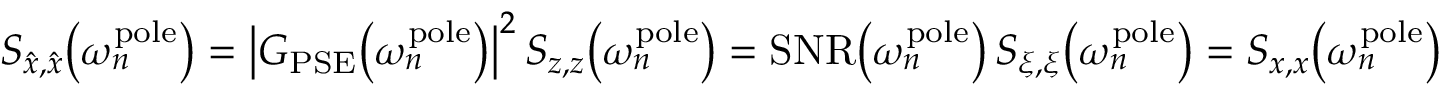
S _ { \hat { x } , \hat { x } } \big ( \omega _ { n } ^ { \mathrm { p o l e } } \big ) = \bigl | G _ { \mathrm { P S E } } \big ( \omega _ { n } ^ { \mathrm { p o l e } } \big ) \bigr | ^ { 2 } \, S _ { z , z } \big ( \omega _ { n } ^ { \mathrm { p o l e } } \big ) = \mathrm { S N R } \big ( \omega _ { n } ^ { \mathrm { p o l e } } \big ) \, S _ { \xi , \xi } \big ( \omega _ { n } ^ { \mathrm { p o l e } } \big ) = S _ { x , x } \big ( \omega _ { n } ^ { \mathrm { p o l e } } \big )